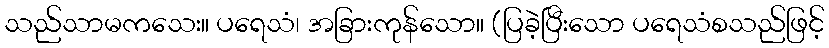
သည်သာမကသေး။ ပရေသံ၊ အခြားကုန်သော။ (ပြခဲ့ပြီးသော ပရေသံစသည်ဖြင့်